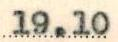
19.10